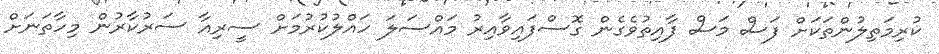
ކުރިމަތިލުންތަކަށް ފަސް މަސް ފާއިތުވެގެން ގޮސްފައިވާއިރު މައްސަލަ ހައްލުކުރުމަށް ސީރިއާ ސަރުކާރުން މިހާތަނަށް